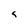
Character: s